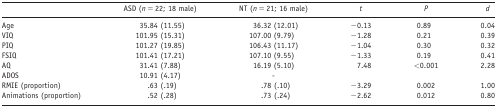
<table><thead><tr><td></td><td><b>ASD (<i>n</i> = 22; 18 male)</b></td><td><b>NT (<i>n</i> = 21; 16 male)</b></td><td><b><i>t</i></b></td><td><b><i>P</i></b></td><td><b><i>d</i></b></td></tr></thead><tbody><tr><td>Age</td><td>35.84 (11.55)</td><td>36.32 (12.01)</td><td>−0.13</td><td>0.89</td><td>0.04</td></tr><tr><td>VIQ</td><td>101.95 (15.31)</td><td>107.00 (9.79)</td><td>−1.28</td><td>0.21</td><td>0.39</td></tr><tr><td>PIQ</td><td>101.27 (19.85)</td><td>106.43 (11.17)</td><td>−1.04</td><td>0.30</td><td>0.32</td></tr><tr><td>FSIQ</td><td>101.41 (17.21)</td><td>107.10 (9.55)</td><td>−1.33</td><td>0.19</td><td>0.41</td></tr><tr><td>AQ</td><td>31.41 (7.88)</td><td>16.19 (5.10)</td><td>7.48</td><td>&lt;0.001</td><td>2.28</td></tr><tr><td>ADOS</td><td>10.91 (4.17)</td><td>‐</td><td></td><td></td><td></td></tr><tr><td>RMIE (proportion)</td><td>.63 (.19)</td><td>.78 (.10)</td><td>−3.29</td><td>0.002</td><td>1.00</td></tr><tr><td>Animations (proportion)</td><td>.52 (.28)</td><td>.73 (.24)</td><td>−2.62</td><td>0.012</td><td>0.80</td></tr></tbody></table>